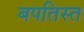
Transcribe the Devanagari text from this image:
बपतिस्त